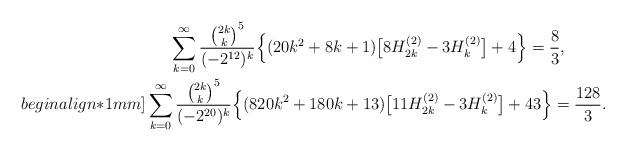
LaTeX: \begin{align*}&\quad\:\:\sum_{k=0}^{\infty}\frac{\binom{2k}{k}^5}{(-2^{12})^k}\Big\{(20k^2+8k+1)\big[8H_{2k}^{(2)}-3H_{k}^{(2)}\big]+4\Big\}=\frac{8}{3}, \\begin{align*}1mm]&\sum_{k=0}^{\infty}\frac{\binom{2k}{k}^5}{(-2^{20})^k}\Big\{(820k^2+180k+13)\big[11H_{2k}^{(2)}-3H_{k}^{(2)}\big]+43\Big\}=\frac{128}{3}. \end{align*}